Problem: 5 × 6 = ?
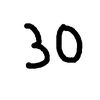
Handwritten answer: 30